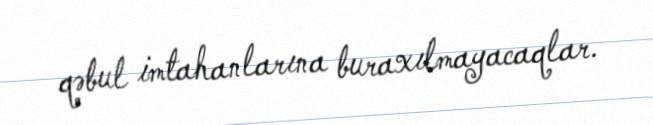
qəbul imtahanlarına buraxılmayacaqlar.